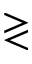
\gtrless